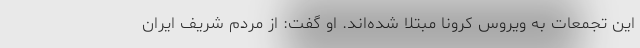
این تجمعات به ویروس کرونا مبتلا شده‌اند. او گفت: از مردم شریف ایران